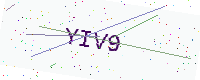
Text: YIV9